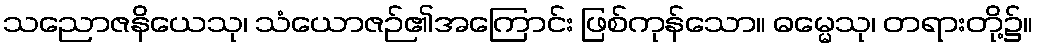
သညောဇနိယေသု၊ သံယောဇဉ်၏အကြောင်း ဖြစ်ကုန်သော။ ဓမ္မေသု၊ တရားတို့၌။